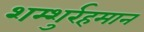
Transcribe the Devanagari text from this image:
शम्शुर्रहमान